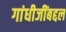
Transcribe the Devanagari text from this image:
गांधीजींबद्दल